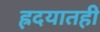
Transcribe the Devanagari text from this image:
ह्रदयातही